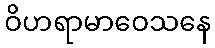
ဝိဟရာမာဝေသနေ